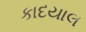
કાદયાલ